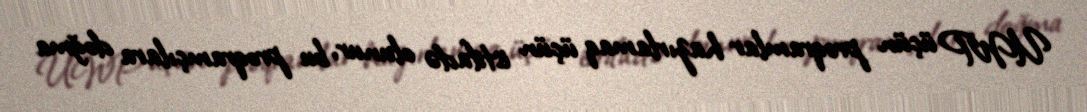
UWP üçün proqramlar hazırlamaq üçün istifadə olunur, bu proqramçılara doğma